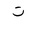
Letter: _ta